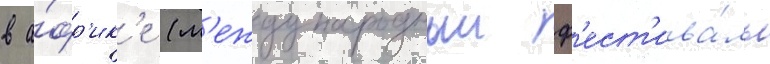
в а́фр'ик'е (м'еждународныи ф'ест'ива́ль